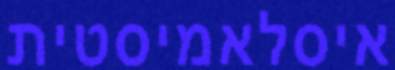
איסלאמיסטית